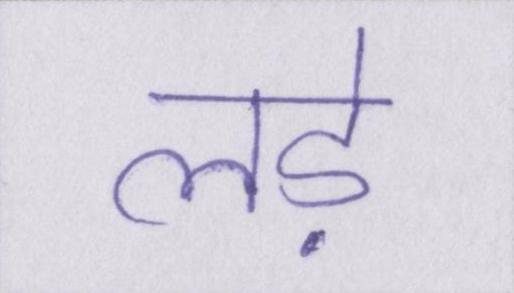
लड़े